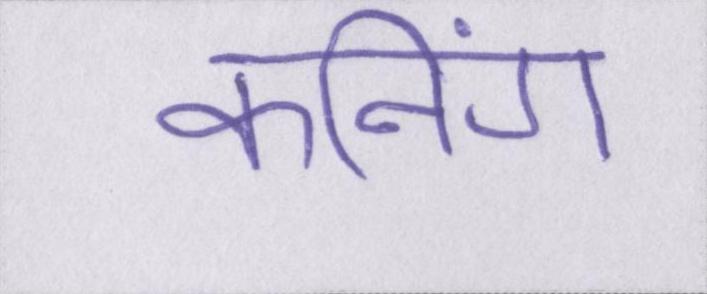
कनिंग